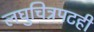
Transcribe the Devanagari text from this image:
लघुचित्रपटही